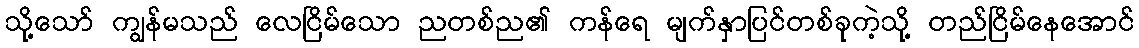
သို့သော် ကျွန်မသည် လေငြိမ်သော ညတစ်ည၏ ကန်ရေ မျက်နှာပြင်တစ်ခုကဲ့သို့ တည်ငြိမ်နေအောင်